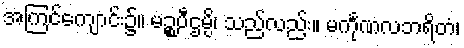
အကြင်ကျောင်း၌။ မဉ္စပီဌမ္ပိ၊ သည်လည်း။ မင်္ကုဏလဘရိတံ၊